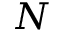
N